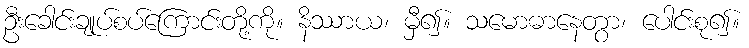
ဦးခေါင်းချုပ်စပ်ကြောင်းတို့ကို။ နိဿာယ၊ မှီ၍။ သမောဓာနေတွာ၊ ပေါင်းစု၍။